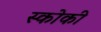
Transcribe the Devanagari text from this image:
स्‍कोकी